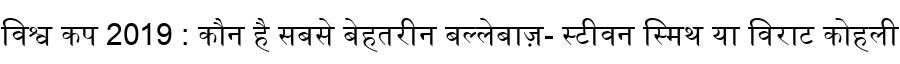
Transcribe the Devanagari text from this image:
विश्व कप 2019 : कौन है सबसे बेहतरीन बल्लेबाज़- स्टीवन स्मिथ या विराट कोहली